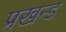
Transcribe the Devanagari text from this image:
प्रखन्ड